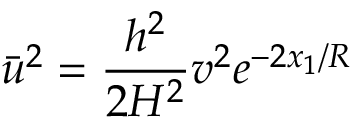
\bar { u } ^ { 2 } = \frac { h ^ { 2 } } { 2 H ^ { 2 } } v ^ { 2 } e ^ { - 2 x _ { 1 } / R }